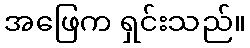
အဖြေက ရှင်းသည်။